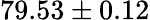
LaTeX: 79.53\pm 0.12